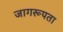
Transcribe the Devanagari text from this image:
जागरूपता